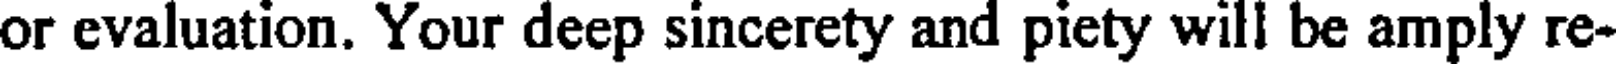
or evaluation. Your deep sincerety and piety will be amply re-